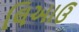
લિઆઉ